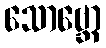
သောဗ္ဘော